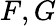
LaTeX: F,G